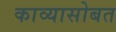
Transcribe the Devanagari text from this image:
काव्यासोबत